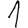
Digit: 1